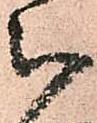
被